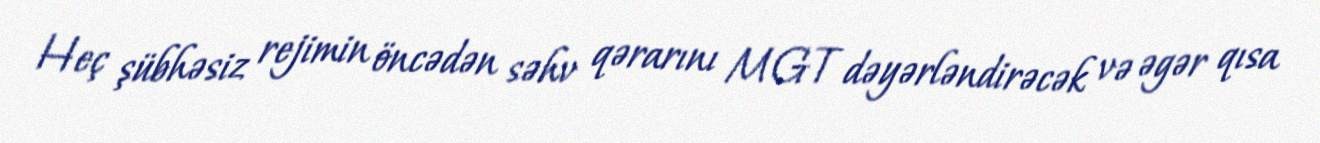
Heç şübhəsiz rejimin öncədən səhv qərarını MGT dəyərləndirəcək və əgər qısa